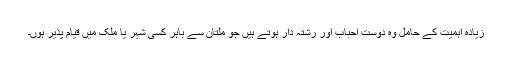
زیادہ اہمیت کے حامل وہ دوست احباب اور رشتہ دار ہوتے ہیں جو ملتان سے باہر کسی شہر یا ملک میں قیام پذیر ہوں۔